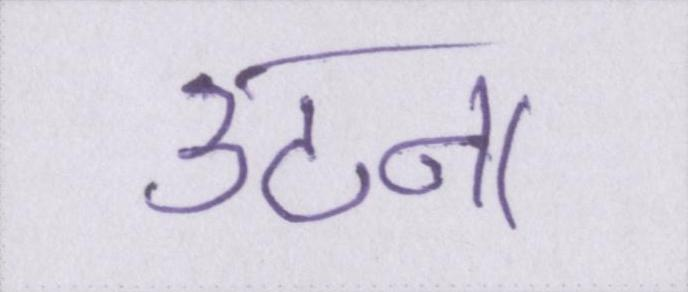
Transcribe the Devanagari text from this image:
उठना